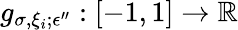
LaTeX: g_{\sigma,\xi_{i};\epsilon^{\prime\prime}}:[-1,1]\to\mathbb{R}